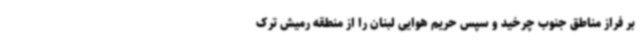
بر فراز مناطق جنوب چرخید و سپس حریم هوایی لبنان را از منطقه رمیش ترک